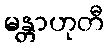
မန္တာဟုတီ